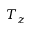
T _ { z }